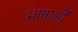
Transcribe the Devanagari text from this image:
भाषाओें